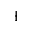
\pm